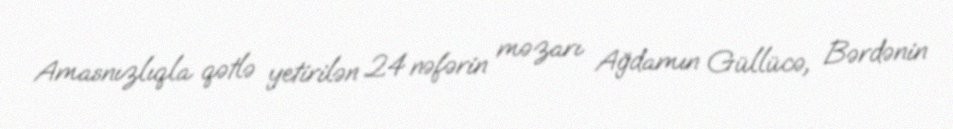
Amasnızlıqla qətlə yetirilən 24 nəfərin məzarı Ağdamın Güllücə, Bərdənin